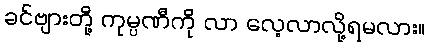
ခင်ဗျားတို့ ကုမ္ပဏီကို လာ လေ့လာလို့ရမလား။